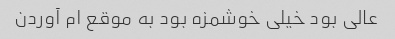
عالی بود خیلی خوشمزه بود به موقع ام آوردن